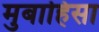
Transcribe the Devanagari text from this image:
मुबाहिसा